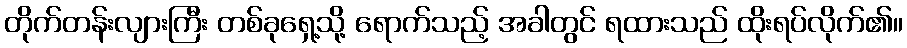
တိုက်တန်းလျားကြီး တစ်ခုရှေ့သို့ ရောက်သည့် အခါတွင် ရထားသည် ထိုးရပ်လိုက်၏။